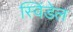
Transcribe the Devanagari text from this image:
स्विंडेल